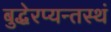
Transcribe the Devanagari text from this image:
बुद्धेरप्यन्तस्थं